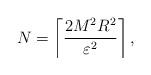
LaTeX: \begin{align*}N=\left\lceil \frac{2M^2R^2}{\varepsilon ^2}\right\rceil,\end{align*}